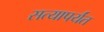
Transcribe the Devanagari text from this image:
सत्यापर्यंत